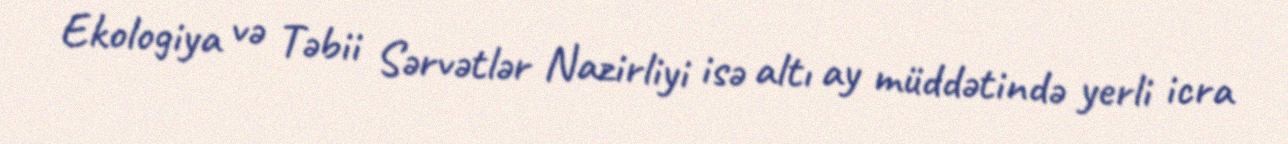
Ekologiya və Təbii Sərvətlər Nazirliyi isə altı ay müddətində yerli icra